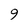
Character: 9